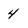
Character: 4